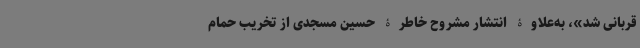
قربانی شد»، به‌علاوۀ انتشار مشروح خاطرۀ حسین مسجدی از تخریب حمام